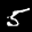
Label: 5